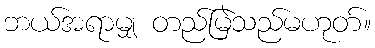
ဘယ်အရာမျှ တည်မြဲသည်မဟုတ်။